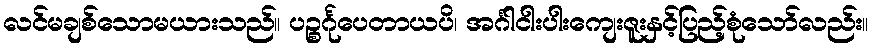
လင်မချစ်သောမယားသည်။ ပဉ္စင်္ဂုပေတာယပိ၊ အင်္ဂါငါးပါးကျေးဇူးနှင့်ပြည့်စုံသော်လည်း။